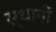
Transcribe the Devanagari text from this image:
स्थानाें